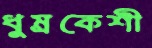
ধুম্রকেশী